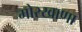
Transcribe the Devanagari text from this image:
मोरखाणा